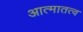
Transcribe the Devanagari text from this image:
आत्मातत्व